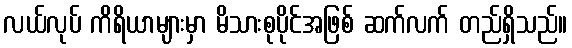
လယ်လုပ် ကိရိယာများမှာ မိသားစုပိုင်အဖြစ် ဆက်လက် တည်ရှိသည်။